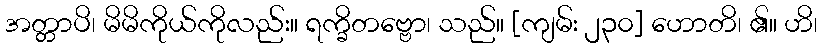
အတ္တာပိ၊ မိမိကိုယ်ကိုလည်း။ ရက္ခိတဗ္ဗော၊ သည်။ [ကျမ်း ၂၃၀] ဟောတိ၊ ၏။ ဟိ၊